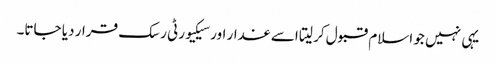
یہی نہیں جو اسلام قبول کر لیتا اسے غدار اور سیکیورٹی رسک قرار دیا جاتا۔